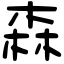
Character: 森